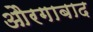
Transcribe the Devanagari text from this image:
औरगाबाद